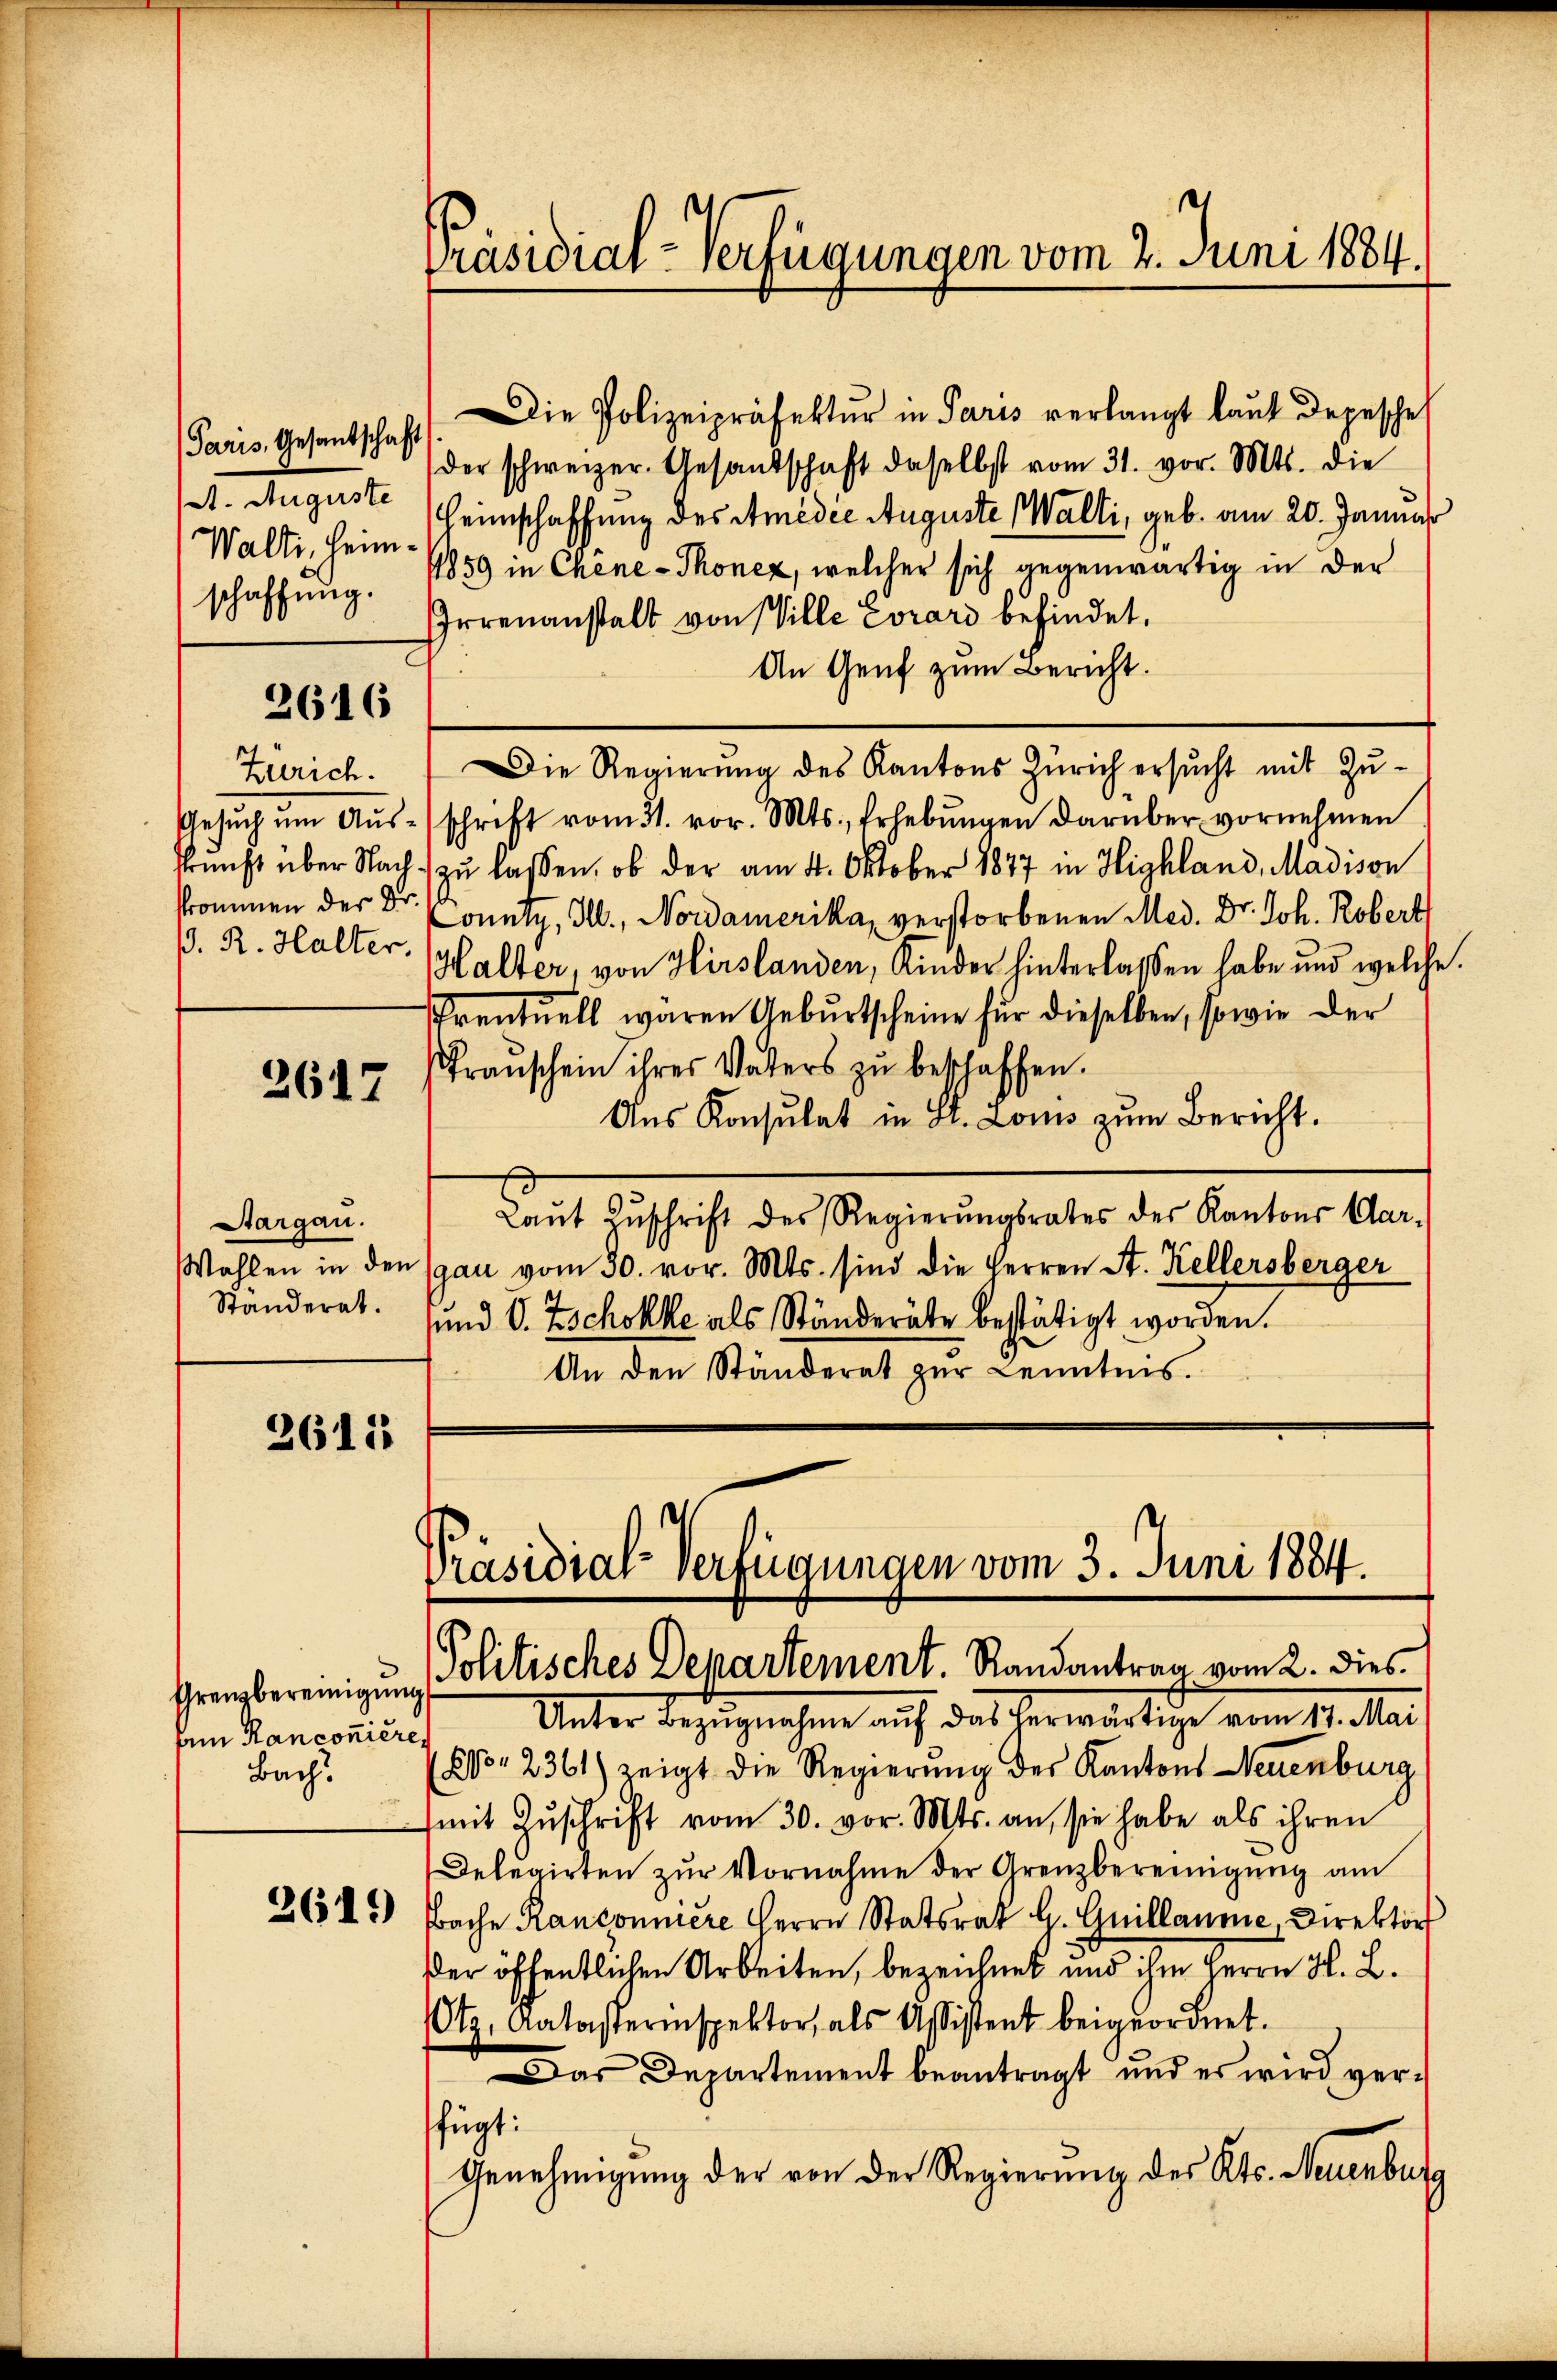
Paris, Gesantschaft
Walte, heim.
schaffung.

2616

Zürich.
B. R. Halter.

2617

Aargau.
Standerat.

2611

Am Ranconiere
Bach.

2619

Die Polizeipräfektur in Paris verlangt laut depesche
der schweizer. Gesandschaft daselbst vom 31. vor. Mts. die
/1. Auguste Heimschaffung des Amidee Auguste Walli, geb. am 20. Januar
1859 in Chene - Thonez, welcher sich gegenwärtig in der
Irrenanstalt von Ville Corari befindet.
An Genf zum Bericht.
Die Regierung des Kantons Zürich ersucht mit Zu¬
Gesŭch ŭm Aŭsschrift vom 31. vor. Mts., Erhebŭngen darüber vornehmen
kunft über Nach zu lassen, ob der am 4. Oktober 1877 in Highland, Madison
kommen der Dr. Konntz, I., Nordamerika, verstorbenen Med. Dr. Joh. Robert
Halter, von Hirslanden, Kinder hinterlassen habe und welche
ventuell waren Geburtscheine für dieselben, sowie der
Trauschein ihres Vaters zu beschaffen.
Aus Konsulat in St. Louis zum Bericht.
Laŭt Zŭschrift des Regierŭngsrates des Kantons Aar-
Wahlen in den (gan vom 30. vor. Mts. sind die Herren A. Kellersberger
und V. Zschokke als Ständeräte bestätigt worden.
An den Ständerat zur Kenntnis.

Präsidial-Verfügungen vom 2. Juni 1884.

Unter Bezugnahme auf das herwärtige vom 17. Mai
86. 2361) zeigt die Regierung des Kantons Neuenburg
(mit Zuschrift vom 30. vor. Mts. an, sie habe als ihren
Delegirten zur Vornahme der Grenzbereinigung am
Prache Ranconniere Herrn Statsrat H. Guillaume, Direktor
der öffentlichen Arbeiten, bezeichnet und ihm Herrn H. L.
Otz. Katasterinspektor, als Assistent beigeordnet.
Das Departement beantragt, und es wird verfügt:
Genehmigung der von der Regierung des Kts. Neuenburg

Präsidial-Verfügungen vom 3. Juni 1884.
Grenzbereinigung Politisches Departement. Randantrag vom 2. dies